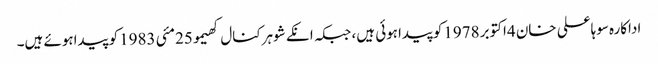
اداکارہ سوہاعلی خان 4اکتوبر 1978کوپیداہوئی ہیں، جبکہ انکے شوہرکنال کھیمو25مئی 1983کو پیداہوئے ہیں۔